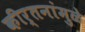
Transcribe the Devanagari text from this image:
कीर्तनांमुळे